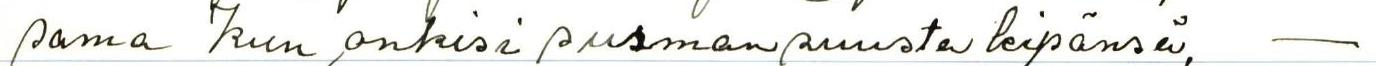
sama kun onkisi surmansuusta leipänsä, -